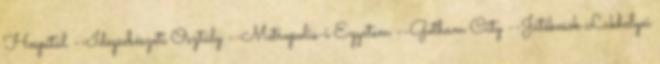
Hospital --Idegsebészeti Osztály --Metropolis-i Egyetem --Gotham City --Játékosok Lakhelyei